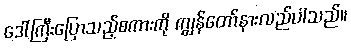
ဒေါ်ကြီးပြောသည့်စကားကို ကျွန်တော်နားလည်ပါသည်။